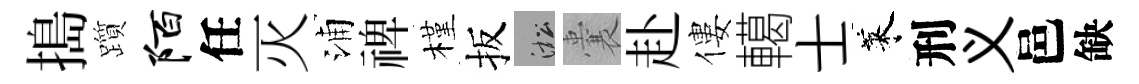
搗躓陌任灭浦禆槿扳淞囊赴僂轕士萊刑义邑缺